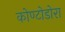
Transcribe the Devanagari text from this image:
कोण्टोडोरा